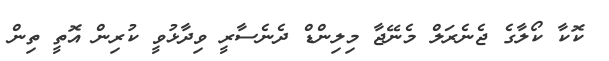
ކޮކާ ކޯލާގެ ޖެނެރަލް މެނޭޖާ މިލިންޑް ދެނެސާރީ ވިދާޅުވީ ކުރިން އޮތީ ތިން